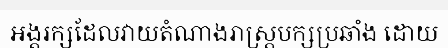
អង្គរក្សដែលវាយតំណាងរាស្ត្របក្សប្រឆាំង ដោយ